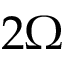
2 \Omega